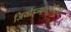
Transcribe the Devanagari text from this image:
जियोइन्फारमैटिक्स